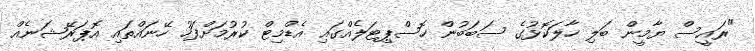
"ރައީސް ޔާމީން ބަލި ހާލަކޮޅުގެ ސަބަބުން ހޮސްޕިޓަލެއްގައި އެޑްމިޓް ކުރުމަށްފަހު ހޭނައްތައި އޮޕަރޭޝަނެއް